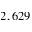
2 , 6 2 9